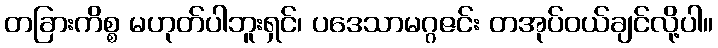
တခြားကိစ္စ မဟုတ်ပါဘူးရှင်၊ ပဒေသာမဂ္ဂဇင်း တအုပ်ဝယ်ချင်လို့ပါ။